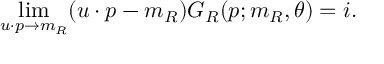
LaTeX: \operatorname * { l i m } _ { u \cdot p \to m _ { R } } ( u \cdot p - m _ { R } ) G _ { R } ( p ; m _ { R } , \theta ) = i .